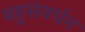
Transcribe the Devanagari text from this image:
बहुसंवर्धन